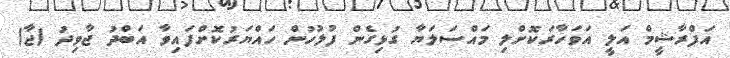
އަފްރާޝީމް އަލީ އަވަހާރަކޮށްލި މައްސަލަޔާ ގުޅިގެން ފުލުހުން ހައްޔަރުކޮށްފައިވާ އަބްދު ޖާވިދު (ޖާ)